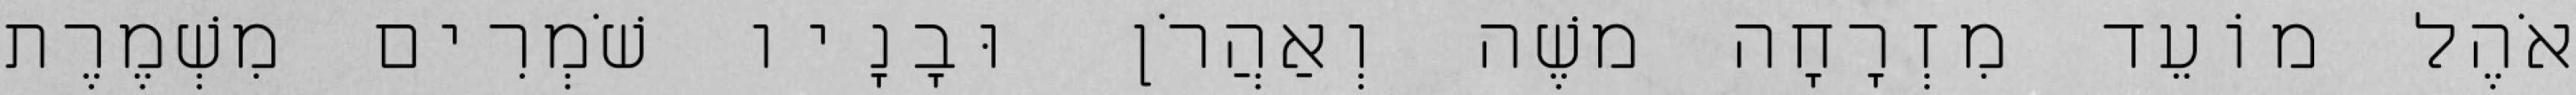
אֹהֶל מוֹעֵד מִזְרָחָה משֶׁה וְאַהֲרֹן וּבָנָיו שֹׁמְרִים מִשְׁמֶרֶת